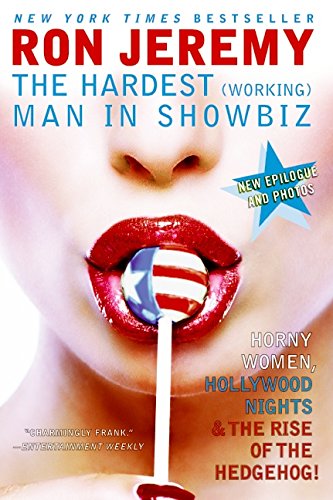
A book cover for Ron Jeremy: The Hardest (Working) Man in Showbiz; Ron Jeremy; Politics & Social Sciences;